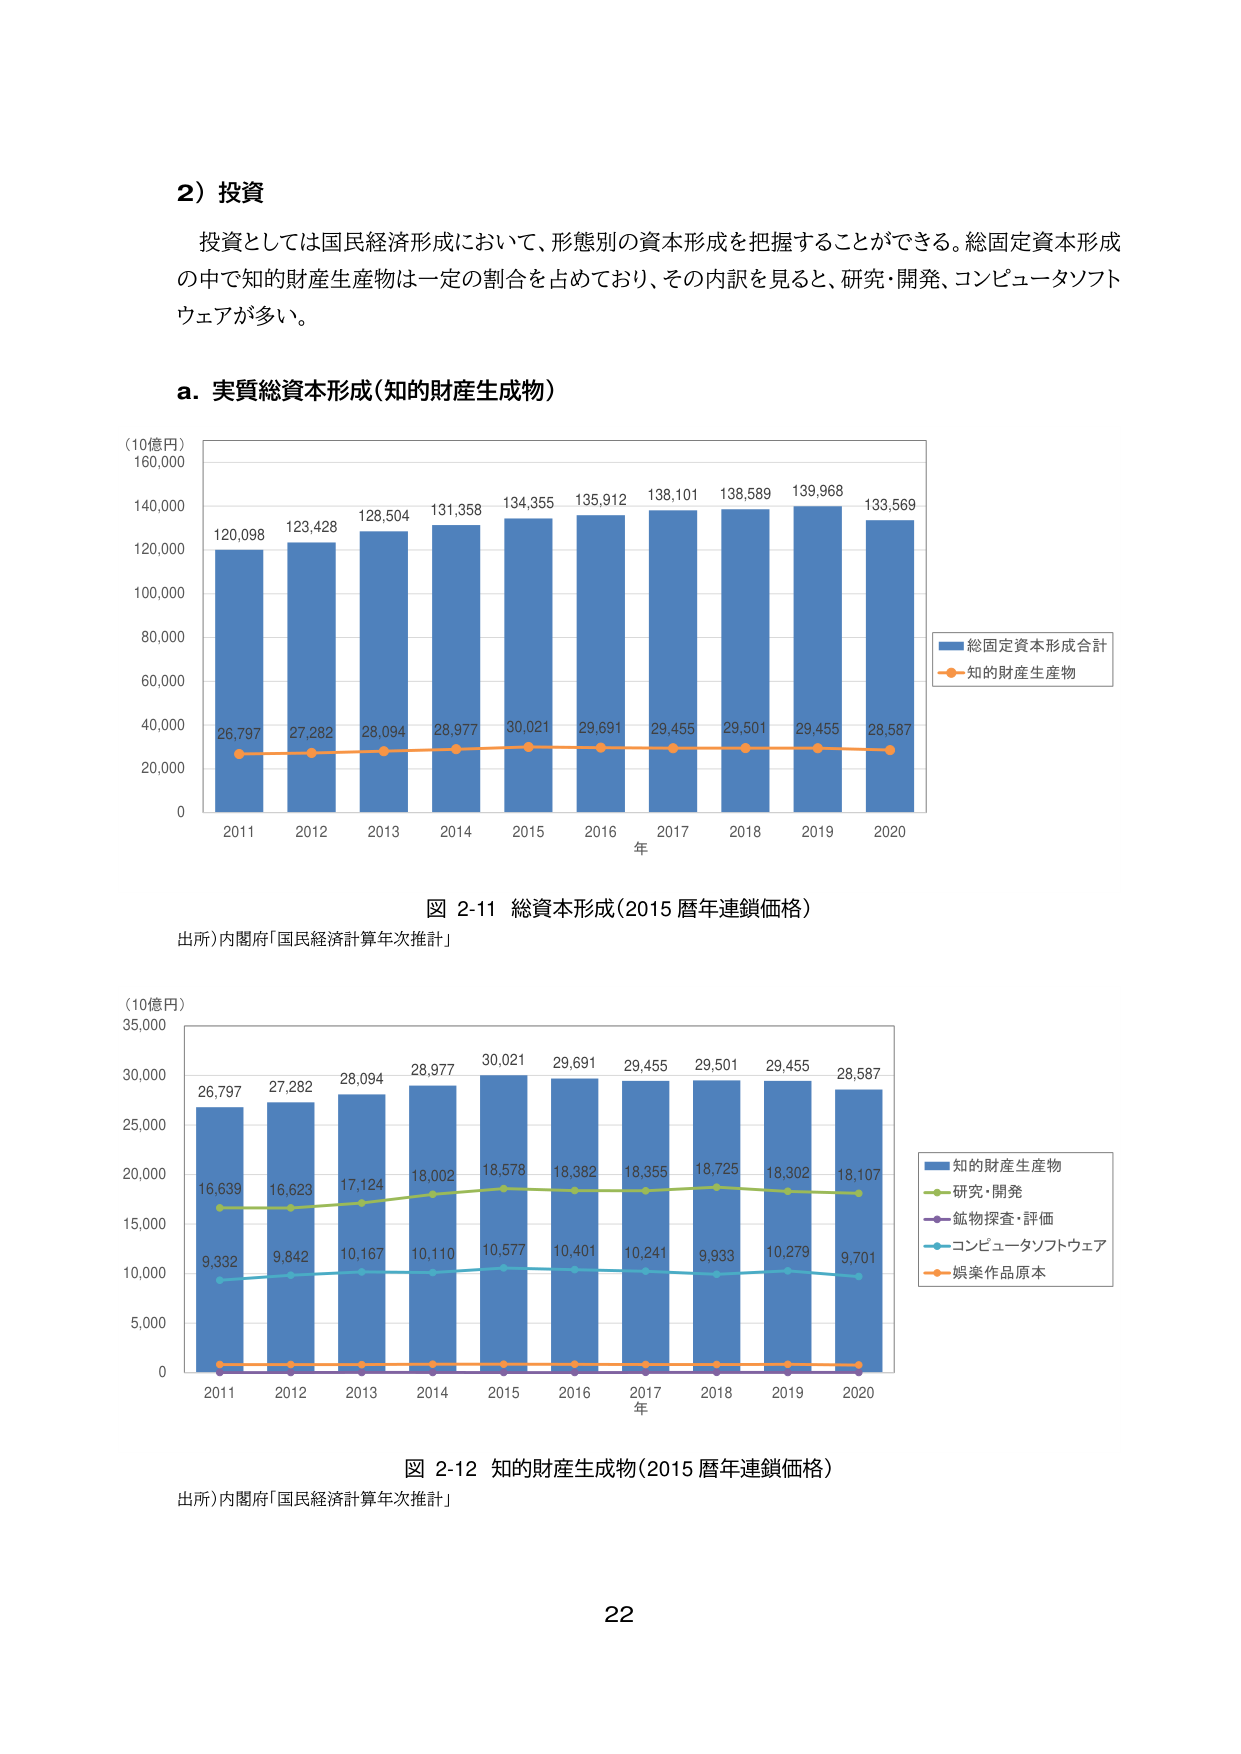
2）投資
投資としては国民経済形成において、形態別の資本形成を把握することができる。総固定資本形成の中で知的財産生産物は一定の割合を占めており、その内訳を見ると、研究・開発、コンピュータソフトウェアが多い。

a. 実質総資本形成（知的財産生成物）

（10億円）
160,000
140,000
120,000
100,000
80,000
60,000
40,000
20,000
0

2011  2012  2013  2014  2015  2016  2017  2018  2019  2020
年

120,098
123,428
128,504
131,358
134,355
135,912
138,101
138,589
139,968
133,569

26,797
27,282
28,094
28,977
30,021
29,691
29,455
29,501
29,455
28,587

■ 総固定資本形成合計
○ 知的財産生産物

図 2-11 総資本形成（2015 暦年連鎖価格）
出所）内閣府「国民経済計算年次推計」

（10億円）
35,000
30,000
25,000
20,000
15,000
10,000
5,000
0

2011  2012  2013  2014  2015  2016  2017  2018  2019  2020
年

26,797
27,282
28,094
28,977
30,021
29,691
29,455
29,501
29,455
28,587

16,639
16,623
17,124
18,002
18,578
18,382
18,355
18,725
18,302
18,107

9,332
9,842
10,167
10,110
10,577
10,401
10,241
9,933
10,279
9,701

■ 知的財産生産物
■ 研究・開発
■ 鉱物探査・評価
■ コンピュータソフトウェア
■ 娯楽作品原本

図 2-12 知的財産生成物（2015 暦年連鎖価格）
出所）内閣府「国民経済計算年次推計」

22